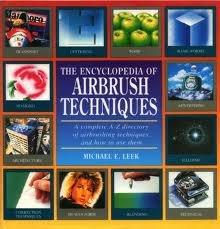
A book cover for The Encyclopedia of Airbrush Techniques; Michael Leek; Arts & Photography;